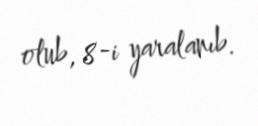
olub, 8-i yaralanıb.